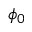
\phi _ { 0 }